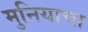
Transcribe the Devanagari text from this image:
मुनियाचा